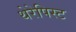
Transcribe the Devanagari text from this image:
थेरेपिस्ट